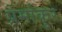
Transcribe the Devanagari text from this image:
प्रेमांकुर